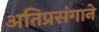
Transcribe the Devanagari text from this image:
अतिप्रसंगाने